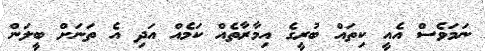
ނަމަވެސް އެއީ ކިތައް ބުރީގެ އިމާރާތެއް ކަމެއް އަދި އެ ތަނަށް ބީލަން